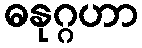
ဓနုဂ္ဂဟာ